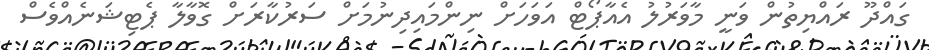
ގައްދޫ ރައްޔިތުން ވަނީ މާވަރުލު އެއާޕޯޓް އަވަހަށް ނިންމައިދިނުމަށް ސަރުކާރަށް ގޮވާލާ ޕެޓިޝަނެއްވެސް